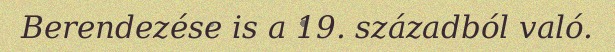
Berendezése is a 19. századból való.